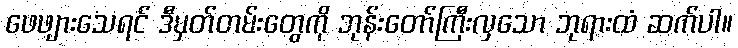
ဖေဖျားသေရင် ဒီမှတ်တမ်းတွေကို ဘုန်းတော်ကြီးလှသော ဘုရားထံ ဆက်ပါ။